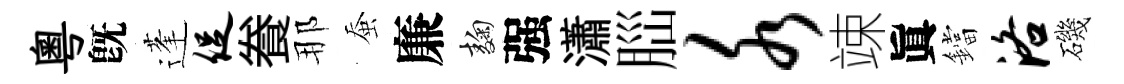
粵旣蓬促飬那蚕廉麹强瀟𦛁水竦眞鐺洛磯